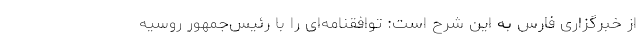
از خبرگزاری فارس به این شرح است: توافقنامه‌ای را با رئیس‌جمهور روسیه